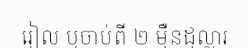
រៀល ឬចាប់ពី ២ ម៉ឺនដុល្លារ